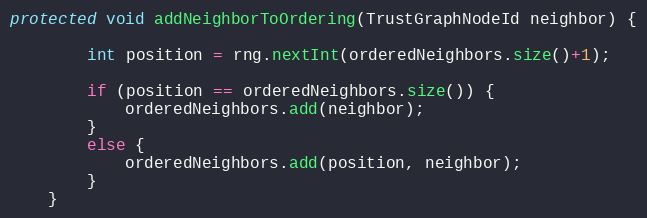
Language: Java
protected void addNeighborToOrdering(TrustGraphNodeId neighbor) {

        int position = rng.nextInt(orderedNeighbors.size()+1);

        if (position == orderedNeighbors.size()) {
            orderedNeighbors.add(neighbor);
        }
        else {
            orderedNeighbors.add(position, neighbor);
        }
    }